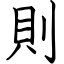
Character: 則